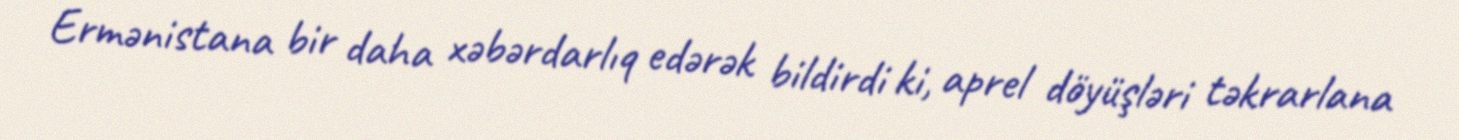
Ermənistana bir daha xəbərdarlıq edərək bildirdi ki, aprel döyüşləri təkrarlana